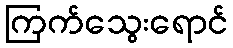
ကြက်သွေးရောင်